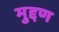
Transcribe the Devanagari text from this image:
मुद्दण